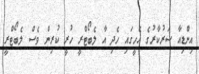
އިންޑިއާ ސަރުކާރުގެ އެހީގައި ހެދި އާ ލެބޯޓްރީ ހުރީ ކުރިން ވެސް ލެބޯޓްރީ